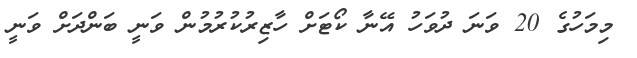
މިމަހުގެ 20 ވަނަ ދުވަހު އޭނާ ކޯޓަށް ހާޒިރުކުރުމުން ވަނީ ބަންދަށް ވަނީ